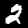
Label: 2